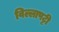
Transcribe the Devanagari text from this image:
विल्लापट्टी